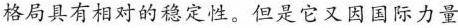
格局具有相对的稳定性。但是它又因国际力量